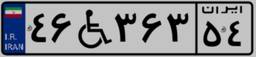
۴۶W۳۶۳۵۴